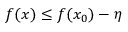
f ( x ) \leq f ( x _ { 0 } ) - \eta